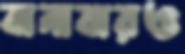
বানাবারও